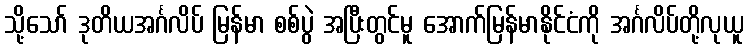
သို့သော် ဒုတိယအင်္ဂလိပ် မြန်မာ စစ်ပွဲ အပြီးတွင်မူ အောက်မြန်မာနိုင်ငံကို အင်္ဂလိပ်တို့လုယူ